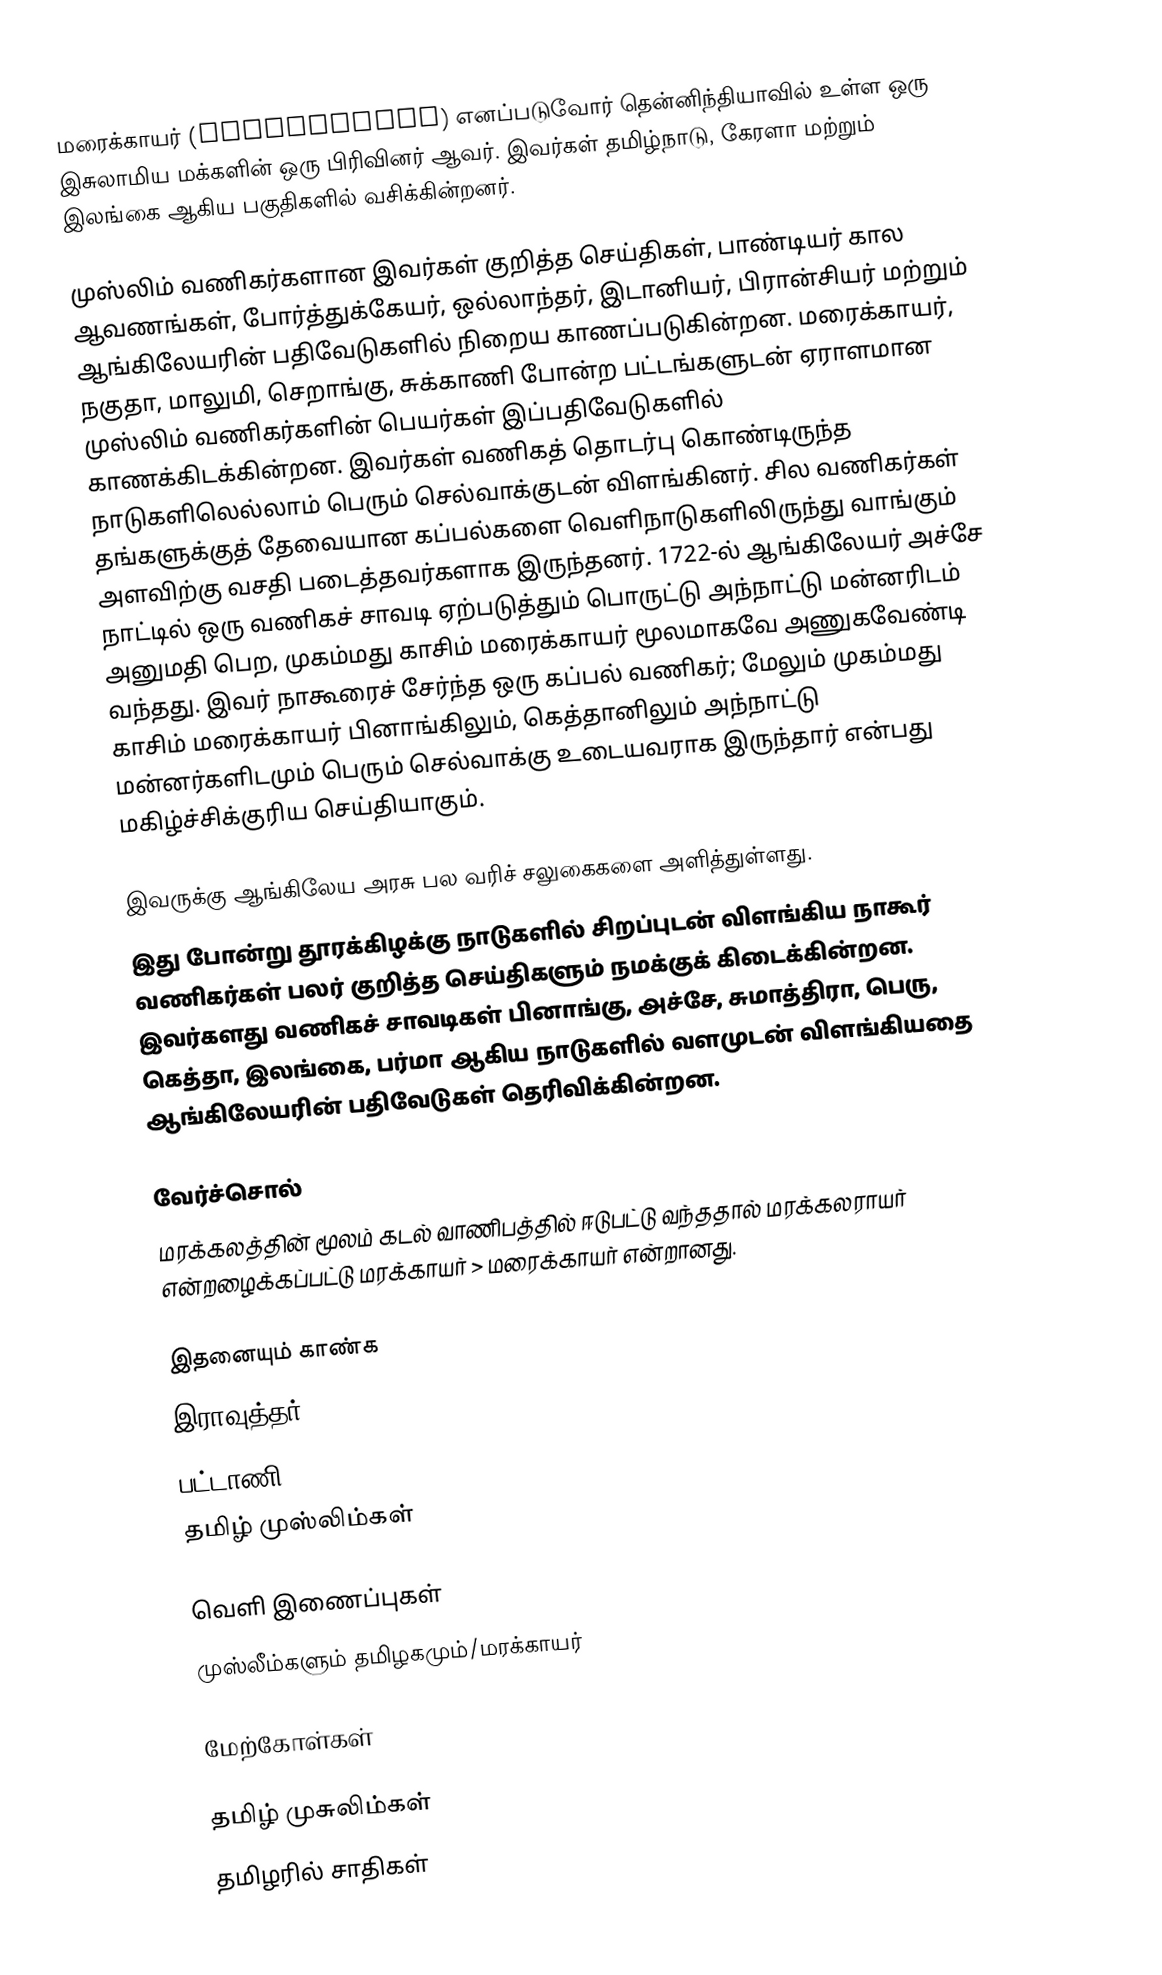
மரைக்காயர் (Maraikkayar) எனப்படுவோர் தென்னிந்தியாவில் உள்ள ஒரு இசுலாமிய மக்களின் ஒரு பிரிவினர் ஆவர். இவர்கள் தமிழ்நாடு, கேரளா மற்றும் இலங்கை ஆகிய பகுதிகளில் வசிக்கின்றனர்.

முஸ்லிம் வணிகர்களான இவர்கள் குறித்த செய்திகள், பாண்டியர் கால ஆவணங்கள், போர்த்துக்கேயர், ஒல்லாந்தர், இடானியர், பிரான்சியர் மற்றும் ஆங்கிலேயரின் பதிவேடுகளில் நிறைய காணப்படுகின்றன. மரைக்காயர், நகுதா, மாலுமி, செறாங்கு, சுக்காணி போன்ற பட்டங்களுடன் ஏராளமான முஸ்லிம் வணிகர்களின் பெயர்கள் இப்பதிவேடுகளில் காணக்கிடக்கின்றன. இவர்கள் வணிகத் தொடர்பு கொண்டிருந்த நாடுகளிலெல்லாம் பெரும் செல்வாக்குடன் விளங்கினர். சில வணிகர்கள் தங்களுக்குத் தேவையான கப்பல்களை வெளிநாடுகளிலிருந்து வாங்கும் அளவிற்கு வசதி படைத்தவர்களாக இருந்தனர். 1722-ல் ஆங்கிலேயர் அச்சே நாட்டில் ஒரு வணிகச் சாவடி ஏற்படுத்தும் பொருட்டு அந்நாட்டு மன்னரிடம் அனுமதி பெற, முகம்மது காசிம் மரைக்காயர் மூலமாகவே அணுகவேண்டி வந்தது. இவர் நாகூரைச் சேர்ந்த ஒரு கப்பல் வணிகர்; மேலும் முகம்மது காசிம் மரைக்காயர் பினாங்கிலும், கெத்தானிலும் அந்நாட்டு மன்னர்களிடமும் பெரும் செல்வாக்கு உடையவராக இருந்தார் என்பது மகிழ்ச்சிக்குரிய செய்தியாகும்.

இவருக்கு ஆங்கிலேய அரசு பல வரிச் சலுகைகளை அளித்துள்ளது.
இது போன்று தூரக்கிழக்கு நாடுகளில் சிறப்புடன் விளங்கிய நாகூர் வணிகர்கள் பலர் குறித்த செய்திகளும் நமக்குக் கிடைக்கின்றன. இவர்களது வணிகச் சாவடிகள் பினாங்கு, அச்சே, சுமாத்திரா, பெரு, கெத்தா, இலங்கை, பர்மா ஆகிய நாடுகளில் வளமுடன் விளங்கியதை ஆங்கிலேயரின் பதிவேடுகள் தெரிவிக்கின்றன.

வேர்ச்சொல்
மரக்கலத்தின் மூலம் கடல் வாணிபத்தில் ஈடுபட்டு வந்ததால் மரக்கலராயர் என்றழைக்கப்பட்டு மரக்காயர் > மரைக்காயர் என்றானது.

இதனையும் காண்க
 இராவுத்தர்
 பட்டாணி
 தமிழ் முஸ்லிம்கள்

வெளி இணைப்புகள்
முஸ்லீம்களும் தமிழகமும்/மரக்காயர்

மேற்கோள்கள்

தமிழ் முசுலிம்கள்
தமிழரில் சாதிகள்